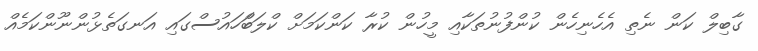
ގާބިލް ކަން ނެތި އެހެނިހެން ކުންފުނުތަކާއި މީހުން ކުރާ ކަންކަމަށް ކްލަބަްހައުސްގައި އަނގަތެޅުންނޫންކަމެއް